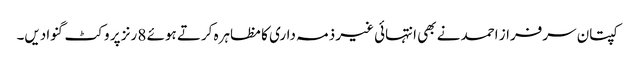
کپتان سرفراز احمد نے بھی انتہائی غیر ذمہ داری کا مظاہرہ کرتے ہوئے 8 رنز پر وکٹ گنوادیں۔